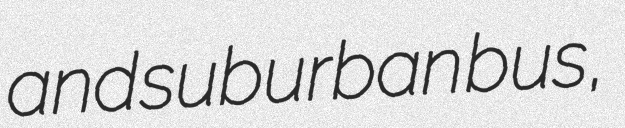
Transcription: and suburban bus,